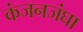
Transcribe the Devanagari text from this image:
कंजनजंघा